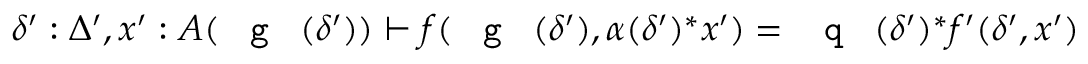
\delta ^ { \prime } : \Delta ^ { \prime } , x ^ { \prime } : A ( \textnormal { \texttt { g } } ( \delta ^ { \prime } ) ) \vdash f ( \textnormal { \texttt { g } } ( \delta ^ { \prime } ) , \alpha ( \delta ^ { \prime } ) ^ { * } x ^ { \prime } ) = \textnormal { \texttt { q } } ( \delta ^ { \prime } ) ^ { * } f ^ { \prime } ( \delta ^ { \prime } , x ^ { \prime } )